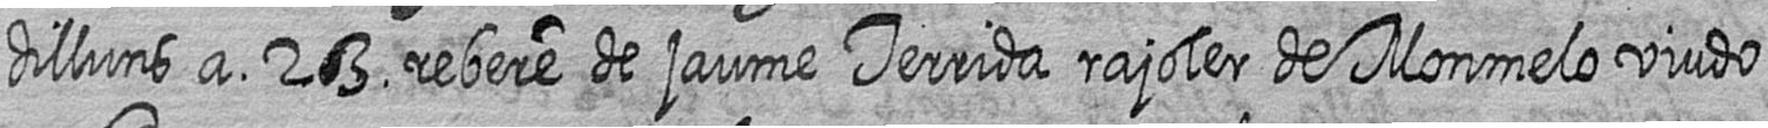
dilluns a 23 rebere de jaume Terrida rajoler de Monmelo viudo